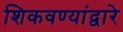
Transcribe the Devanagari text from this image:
शिकवण्यांद्वारे